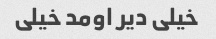
خیلی دیر اومد خیلی